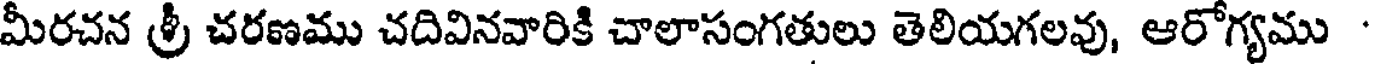
మీరచన శ్రీ చరణము చదివినవారికి చాలాసంగతులు తెలియగలవు, ఆరోగ్యము